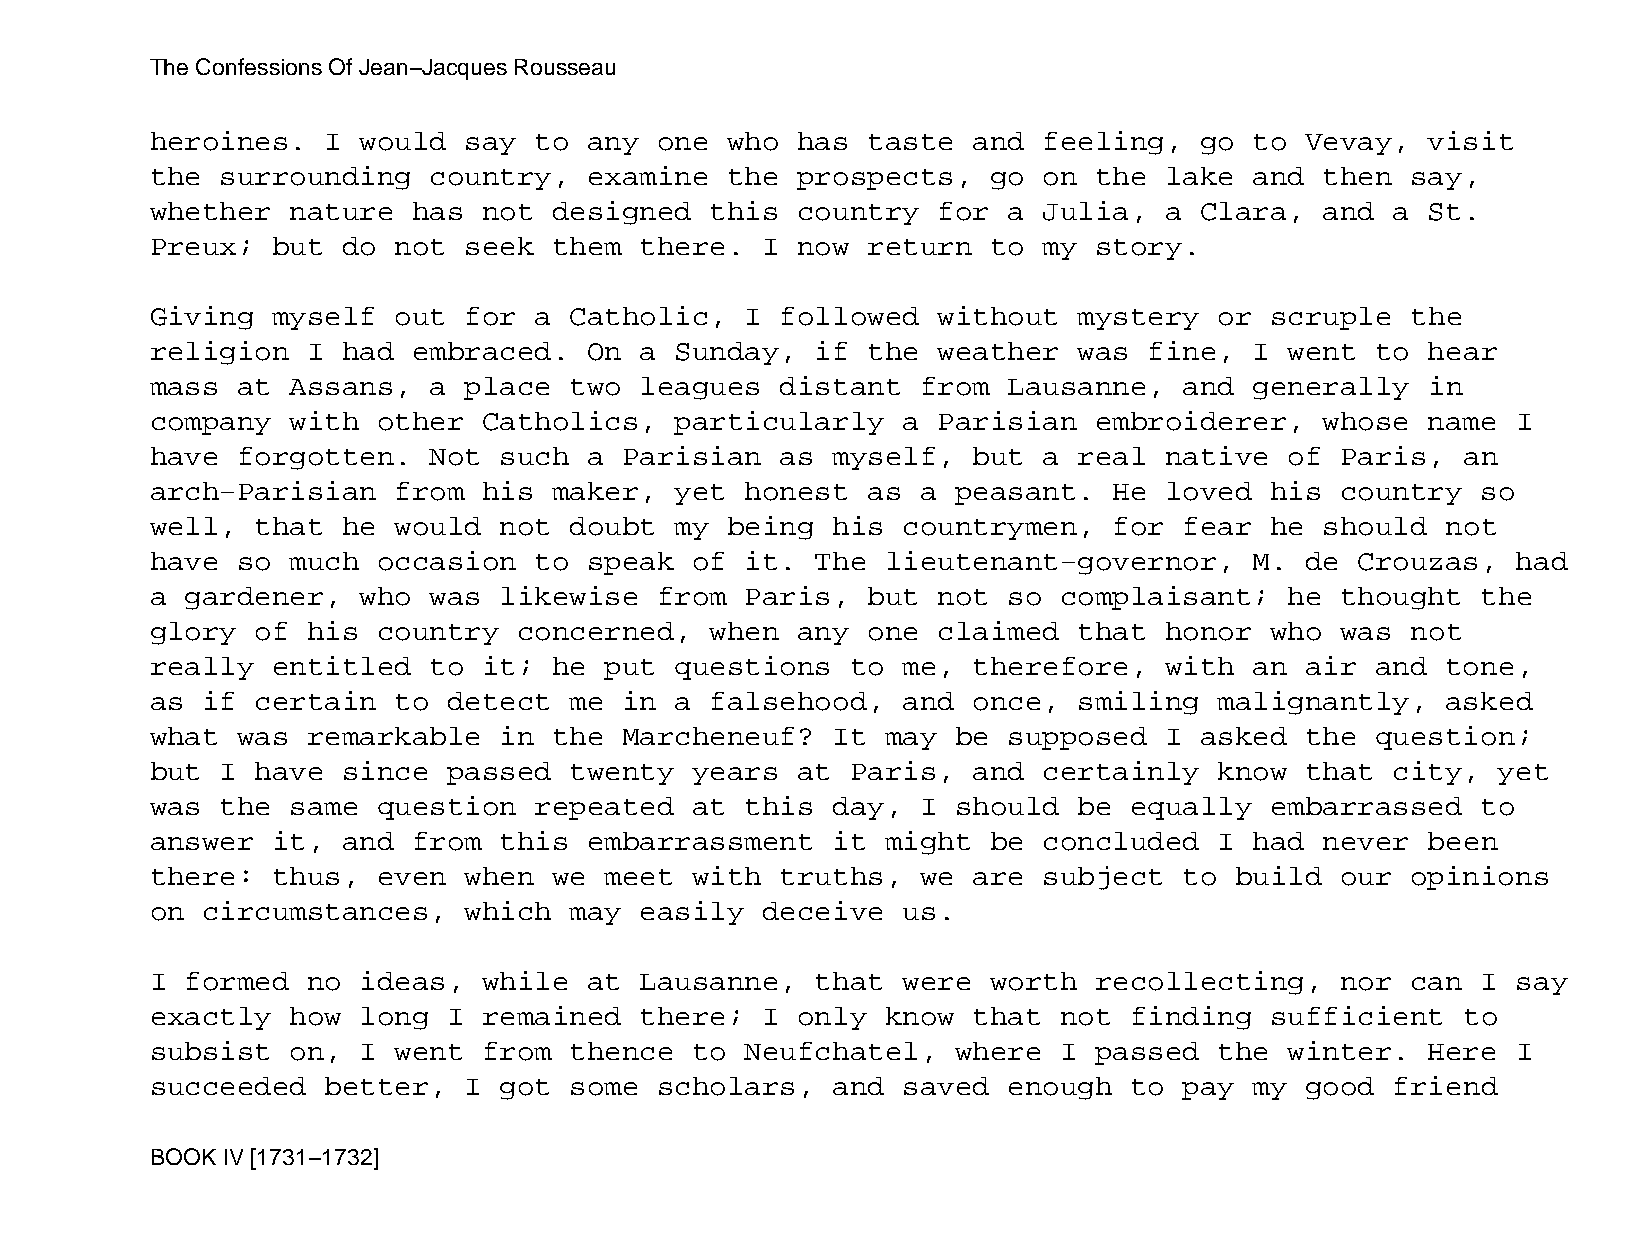
The Confessions Of Jean−Jacques Rousseau
 heroines.   I would  say to  any  one who  has taste  and  feeling,  go  to Vevay,   visit
 the  surrounding  country,   examine  the  prospects,   go on the  lake  and  then say,
 whether  nature  has  not  designed  this  country  for  a Julia,  a Clara,   and a  St.
 Preux;  but  do not  seek  them there.  I  now return   to my story.
 Giving  myself  out  for a  Catholic,  I  followed  without  mystery   or scruple  the
 religion  I  had embraced.   On a  Sunday,  if the  weather  was  fine,  I went  to  hear
 mass  at Assans,  a  place  two leagues   distant  from  Lausanne,  and  generally   in
 company  with  other  Catholics,   particularly   a Parisian  embroiderer,    whose  name I
 have  forgotten.  Not  such  a Parisian   as myself,  but  a real  native  of  Paris,  an
 arch−Parisian   from  his  maker,  yet honest  as  a peasant.   He loved  his  country  so
 well,  that  he would  not  doubt  my being  his  countrymen,   for fear  he  should  not
 have  so much  occasion  to  speak  of it.  The  lieutenant−governor,    M. de  Crouzas,  had
 a gardener,   who was  likewise   from Paris,  but  not  so complaisant;   he  thought  the
 glory  of his  country  concerned,   when  any one  claimed  that  honor  who  was not
 really  entitled  to  it;  he put  questions  to  me, therefore,   with  an air  and  tone,
 as if  certain  to  detect  me in  a falsehood,   and once,  smiling   malignantly,   asked
 what  was remarkable   in  the Marcheneuf?   It  may be  supposed  I asked  the  question;
 but  I have  since  passed  twenty  years  at Paris,  and  certainly   know that  city,  yet
 was  the same  question  repeated   at this  day,  I should  be  equally  embarrassed   to
 answer  it,  and from  this  embarrassment   it  might  be concluded   I had  never  been
 there:  thus,  even  when  we meet  with  truths,  we are  subject  to  build  our opinions
 on circumstances,    which  may easily  deceive   us.
 I formed  no  ideas,  while  at Lausanne,   that  were  worth recollecting,    nor can  I say
 exactly  how  long  I remained  there;  I  only  know that  not  finding  sufficient   to
 subsist  on,  I went  from  thence  to Neufchatel,   where  I passed   the winter.   Here I
 succeeded   better,  I got  some  scholars,  and  saved  enough  to pay  my good  friend
 BOOK IV [1731−1732]